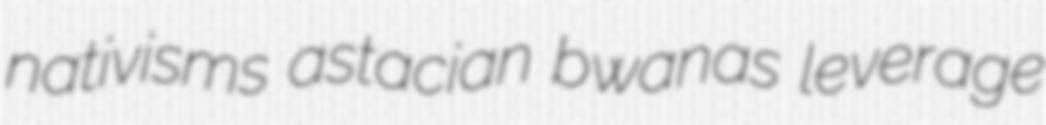
nativisms astacian bwanas leverage